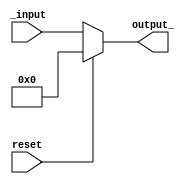
module GPR(_input, output_, reset);
	input [31:0] _input;		//Entrada
	input reset;
	output reg [31:0] output_; 	//Saida
	always @(*) begin			
			output_ <= _input;	//Atribuio do valor de saida
			if(reset) output_ <= 32'd0;
	end
endmodule